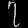
Digit: ၇